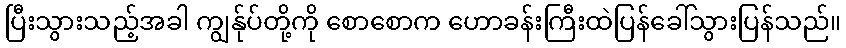
ပြီးသွားသည့်အခါ ကျွန်ုပ်တို့ကို စောစောက ဟောခန်းကြီးထဲပြန်ခေါ်သွားပြန်သည်။